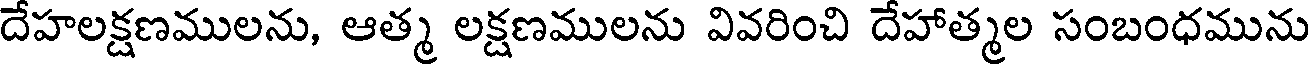
దేహలక్షణములను, ఆత్మ లక్షణములను వివరించి దేహాత్మల సంబంధమును